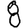
Digit: 8